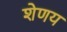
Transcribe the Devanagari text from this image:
शेणय